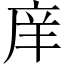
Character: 庠